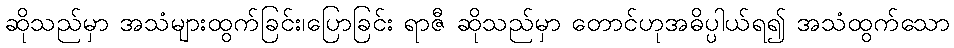
ဆိုသည်မှာ အသံများထွက်ခြင်း၊ပြောခြင်း ရာဇီ ဆိုသည်မှာ တောင်ဟုအဓိပ္ပါယ်ရ၍ အသံထွက်သော